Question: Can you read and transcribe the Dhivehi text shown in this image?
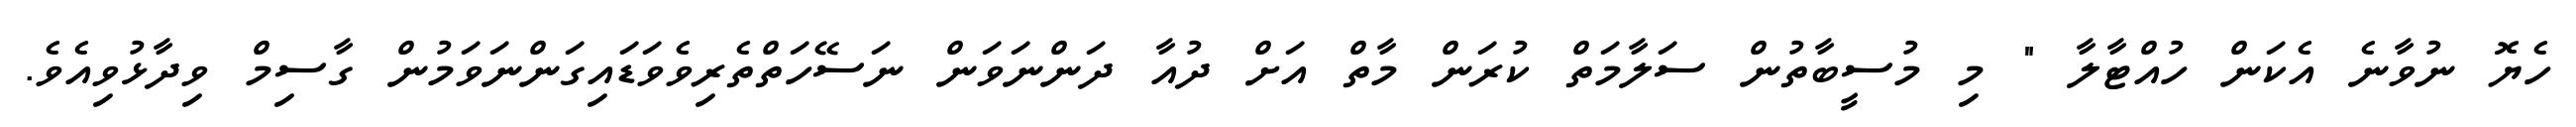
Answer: ހެޔޮ ނުވާނެ އެކަން ހުއްޓާލާ " މި މުސީބާތުން ސަލާމަތް ކުރަން މާތް އަށް ދުއާ ދަންނަވަން ނަސޭހަތްތެރިވެވަޑައިގަންނަވަމުން ގާސިމް ވިދާޅުވިއެވެ.